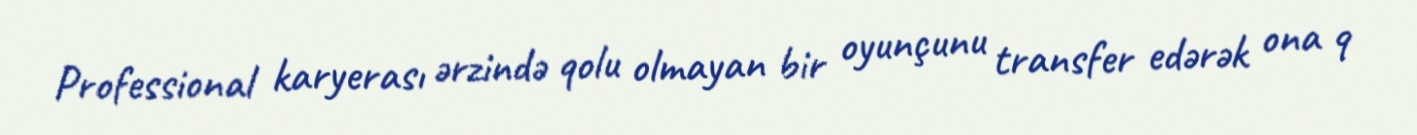
Professional karyerası ərzində qolu olmayan bir oyunçunu transfer edərək ona 9